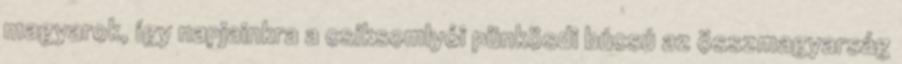
magyarok, így napjainkra a csíksomlyói pünkösdi búcsú az összmagyarság